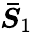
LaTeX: \boldsymbol{\bar{{S}}}_{1}